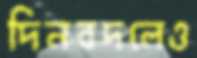
দিনবদলেও